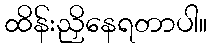
ထိန်းညှိနေရတာပါ။